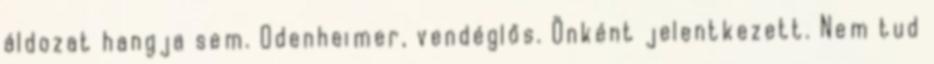
áldozat hangja sem. Odenheimer, vendéglős. Önként jelentkezett. Nem tud